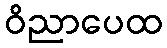
ဝိညာပေထ